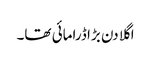
اگلا دن بڑا ڈرامائی تھا۔